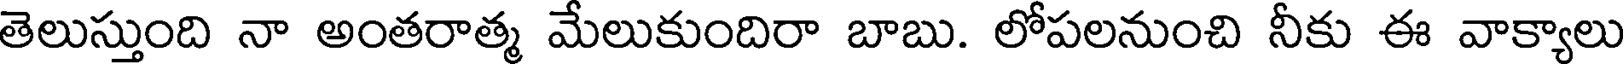
తెలుస్తుంది నా అంతరాత్మ మేలుకుందిరా బాబు. లోపలనుంచి నీకు ఈ వాక్యాలు